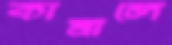
কামালে